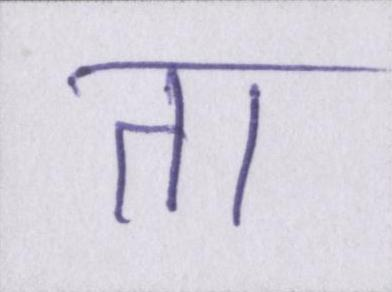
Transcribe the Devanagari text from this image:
ता